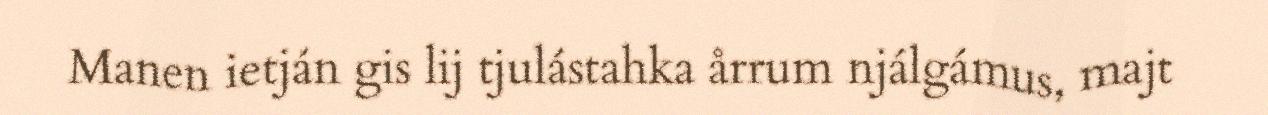
Manen ietján gis lij tjulástahka årrum njálgámus, majt